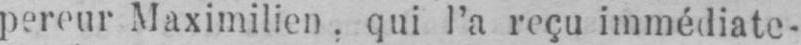
pereur Maximilien, qui l’a reçu immédiate-